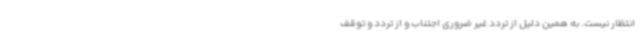
انتظار نیست. به همین دلیل از تردد غیر ضروری اجتناب و از تردد و توقف